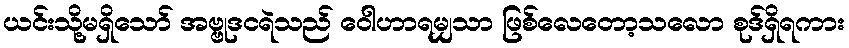
ယင်းသို့မရှိသော် အဗ္ဗုဒငရဲသည် ဝေါဟာရမျှသာ ဖြစ်လေတော့သလော စုဒ်ရှိရကား